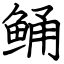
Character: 鲬